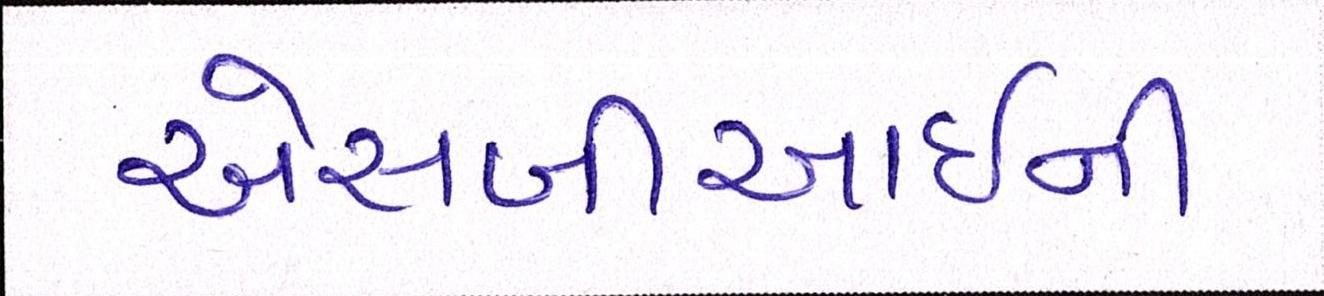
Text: એસબીઆઈની